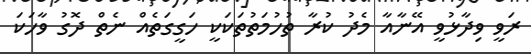
ރަވީ ވިދާޅުވީ އޭނާއާ މެދު ކުރާ ތުހުމަތުތަކަކީ ހަގީގަތެއް ނެތް ދޮގު ވާހަކަ